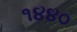
૧૪૪૦